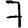
Digit: 7